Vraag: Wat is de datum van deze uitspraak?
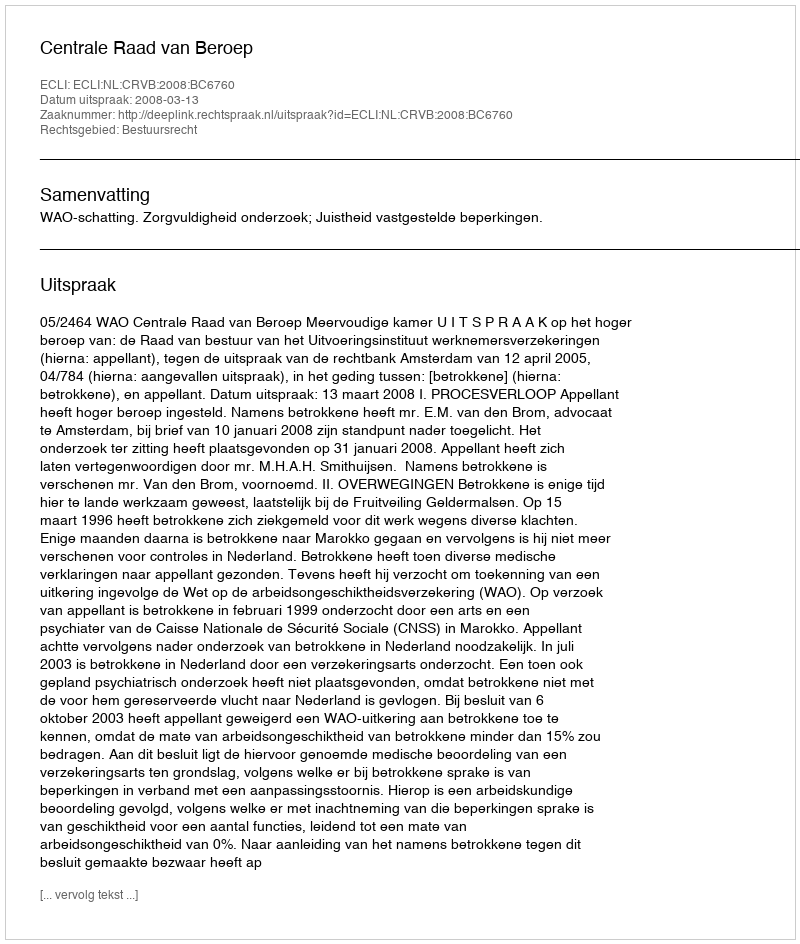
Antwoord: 2008-03-13